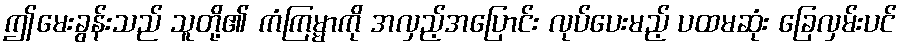
ဤမေးခွန်းသည် သူတို့၏ ကံကြမ္မာကို အလှည့်အပြောင်း လုပ်ပေးမည့် ပထမဆုံး ခြေလှမ်းပင်